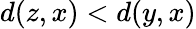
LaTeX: d(z,x)<d(y,x)